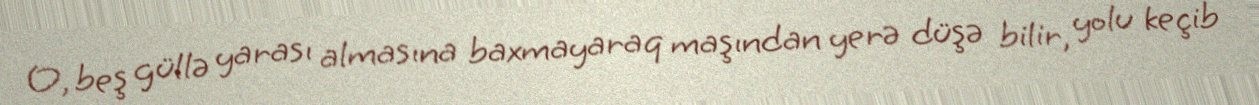
O, beş güllə yarası almasına baxmayaraq maşından yerə düşə bilir, yolu keçib